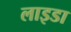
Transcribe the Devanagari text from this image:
लाइडा